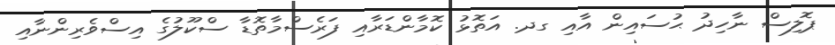
ޕޮލިސް ނާހިދު ޙުސައިން އާއި ގދ. އަތޮޅު ކޮމާންޑަރާއި ފަރެސްމާތޮޑާ ސްކޫލުގެ އިސްވެރިންނާއި